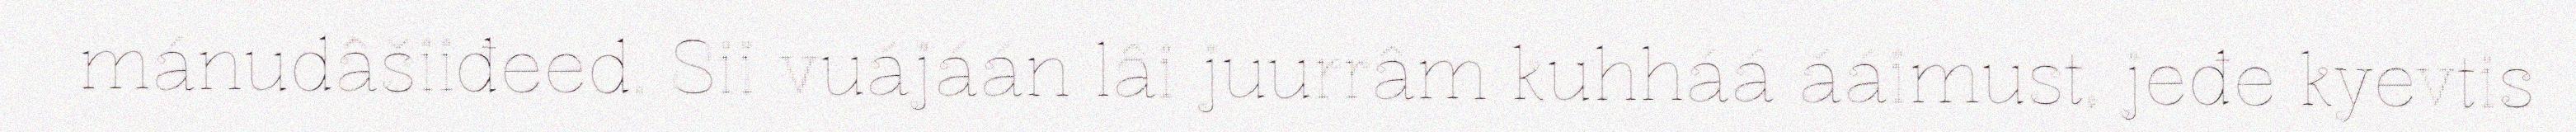
mánudâšiiđeed. Sii vuájáán lâi juurrâm kuhháá ááimust, jeđe kyevtis